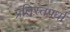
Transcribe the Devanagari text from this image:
प्रतिस्तपर्धा